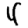
Digit: 4